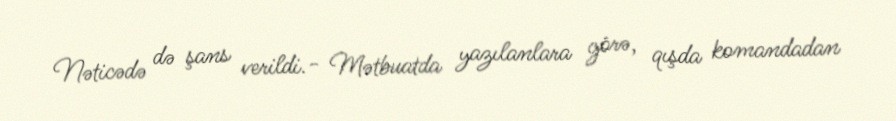
Nəticədə də şans verildi.- Mətbuatda yazılanlara görə, qışda komandadan